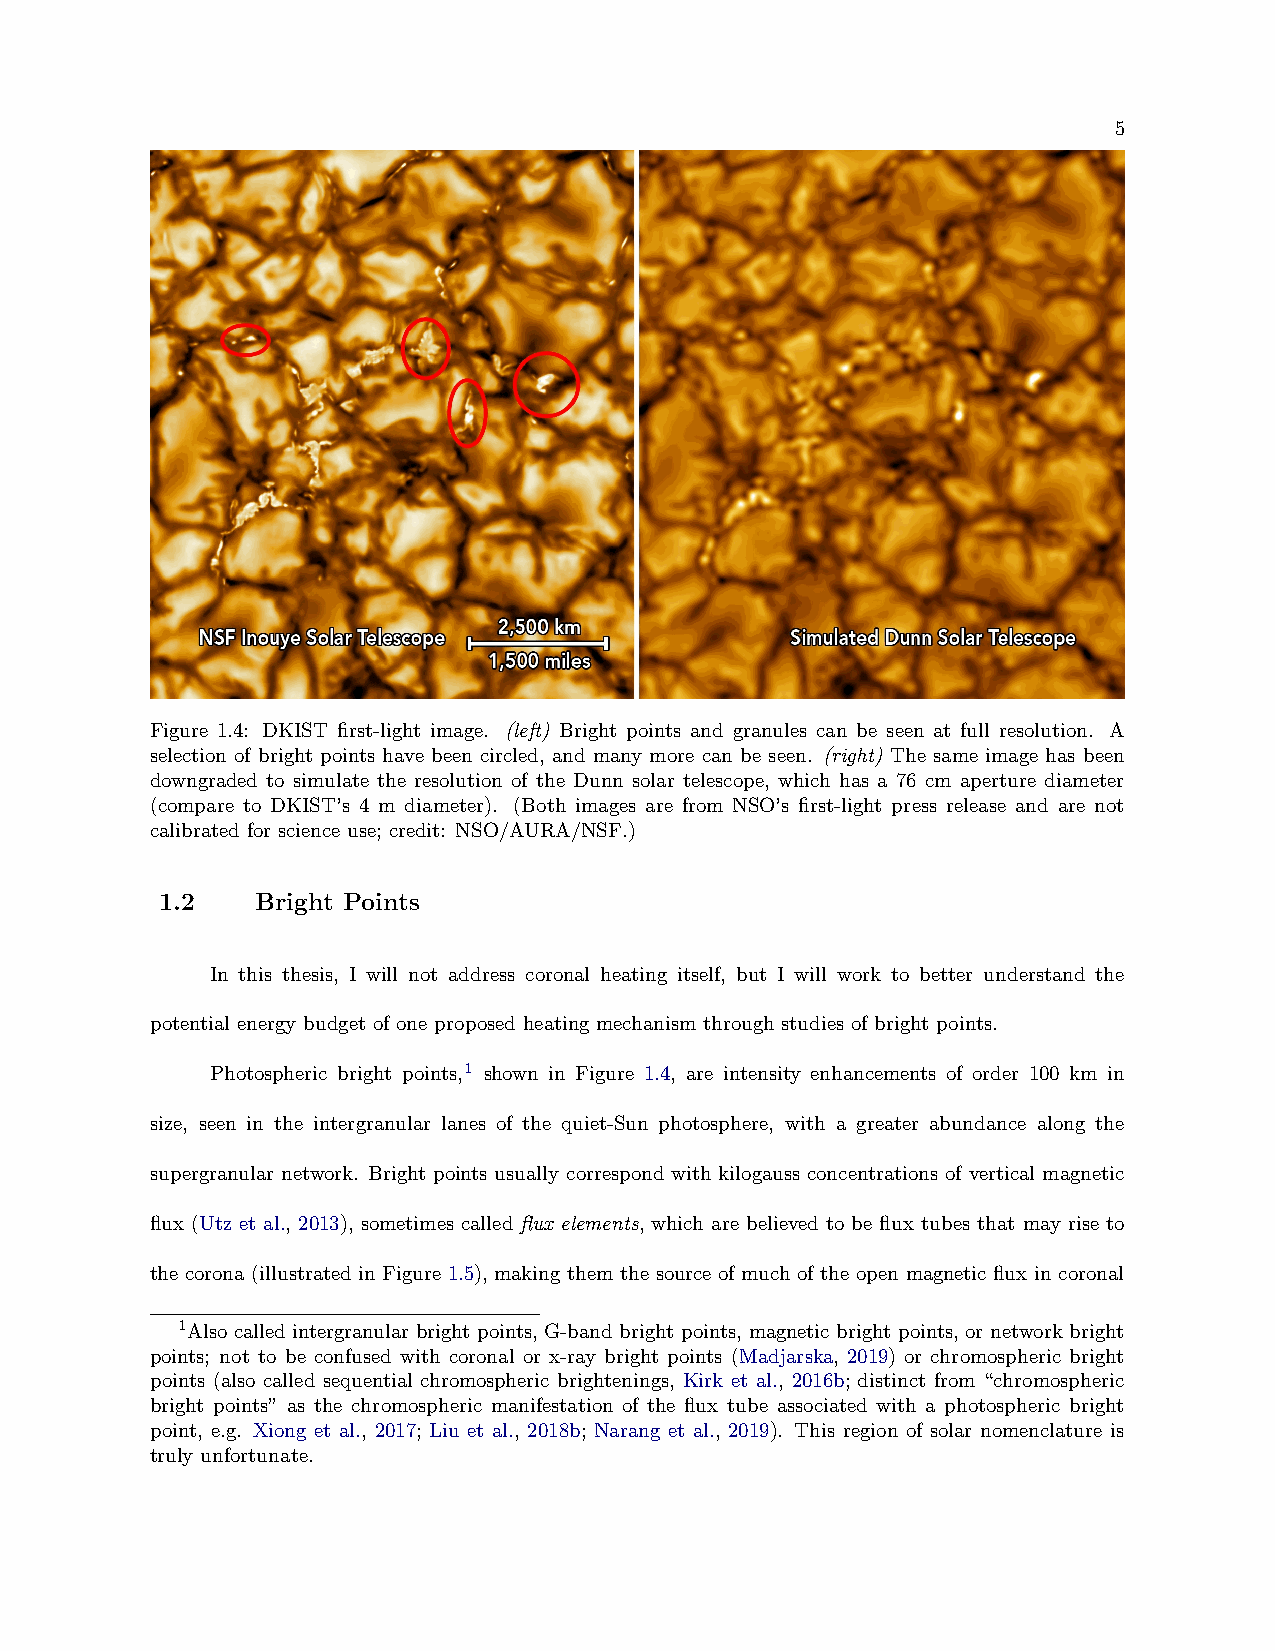
5
 Figure 1.4: DKIST first-light image. (left) Bright points and granules can be seen at full resolution. A
 selection of bright points have been circled, and many more can be seen. (right) The same image has been
 downgraded to simulate the resolution of the Dunn solar telescope, which has a 76 cm aperture diameter
 (compare to DKIST’s 4 m diameter). (Both images are from NSO’s first-light press release and are not
 calibrated for science use; credit: NSO/AURA/NSF.)
 1.2   Bright Points
 In this thesis, I will not address coronal heating itself, but I will work to better understand the
 potential energy budget of one proposed heating mechanism through studies of bright points.
 Photospheric bright points,1 shown in Figure 1.4, are intensity enhancements of order 100 km in
 size, seen in the intergranular lanes of the quiet-Sun photosphere, with a greater abundance along the
 supergranular network. Bright points usually correspond with kilogauss concentrations of vertical magnetic
 flux (Utz et al., 2013), sometimes called flux elements, which are believed to be flux tubes that may rise to
 the corona (illustrated in Figure 1.5), making them the source of much of the open magnetic flux in coronal
 1Also called intergranular bright points, G-band bright points, magnetic bright points, or network bright
 points; not to be confused with coronal or x-ray bright points (Madjarska, 2019) or chromospheric bright
 points (also called sequential chromospheric brightenings, Kirk et al., 2016b; distinct from “chromospheric
 bright points” as the chromospheric manifestation of the flux tube associated with a photospheric bright
 point, e.g. Xiong et al., 2017; Liu et al., 2018b; Narang et al., 2019). This region of solar nomenclature is
 truly unfortunate.